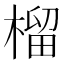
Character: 榴